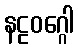
နဠဝဂ္ဂေါ